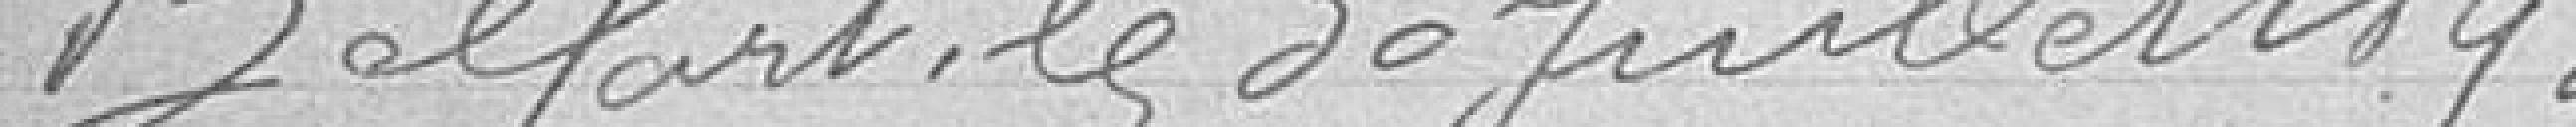
Belfort, le 30 juillet 1890